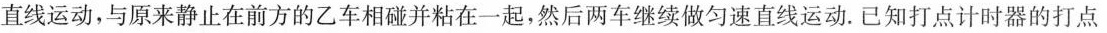
直线运动，与原来静止在前方的乙车相碰并粘在一起，然后两车继续做匀速直线运动。已知打点计时器的打点